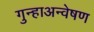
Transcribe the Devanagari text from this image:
गुन्हाअन्वेषण